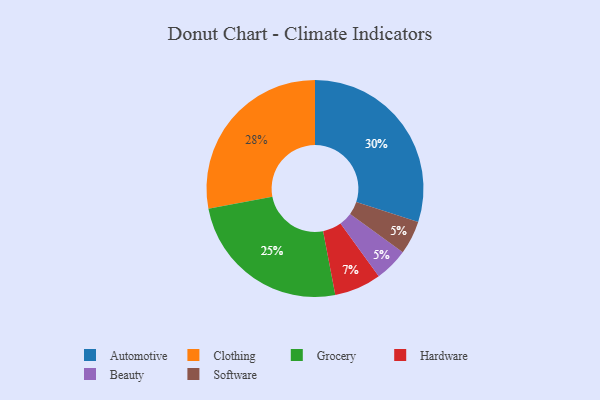
{"axis": {"x": "Category", "y": "Percentage"}, "legend": ["Automotive", "Beauty", "Clothing", "Grocery", "Hardware", "Software"], "data": [{"x": "Automotive", "y": 30, "type": "Automotive"}, {"x": "Grocery", "y": 25, "type": "Grocery"}, {"x": "Beauty", "y": 5, "type": "Beauty"}, {"x": "Hardware", "y": 7, "type": "Hardware"}, {"x": "Clothing", "y": 28, "type": "Clothing"}, {"x": "Software", "y": 5, "type": "Software"}]}